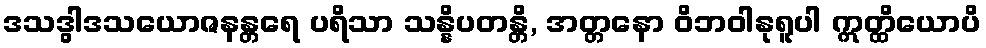
ဒသဒွါဒသယောဇနန္တရေ ပရိသာ သန္နိပတန္တိ, အတ္တနော ဝိဘဝါနုရူပါ ဣတ္ထိယောပိ